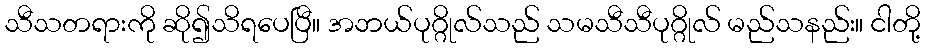
သီသတရားကို ဆို၍သိရပေပြီ။ အဘယ်ပုဂ္ဂိုလ်သည် သမသီသီပုဂ္ဂိုလ် မည်သနည်း။ ငါတို့